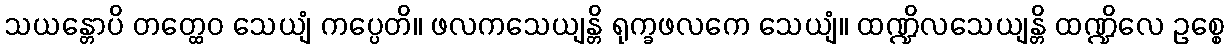
သယန္တောပိ တတ္ထေဝ သေယျံ ကပ္ပေတိ။ ဖလကသေယျန္တိ ရုက္ခဖလကေ သေယျံ။ ထဏ္ဍိလသေယျန္တိ ထဏ္ဍိလေ ဥစ္စေ